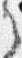
之